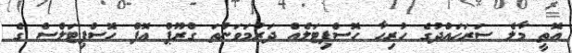
އޮތީ މާލެ ސަރަޙައްދުގެ ހުރިހާ ހޮސްޕިޓަލެއް ދަރުމަވަންތަ ގްރޫޕް އޮފް ހޮސްޕިޓަލްސް ގެ